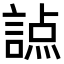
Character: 𧪊